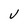
Character: V